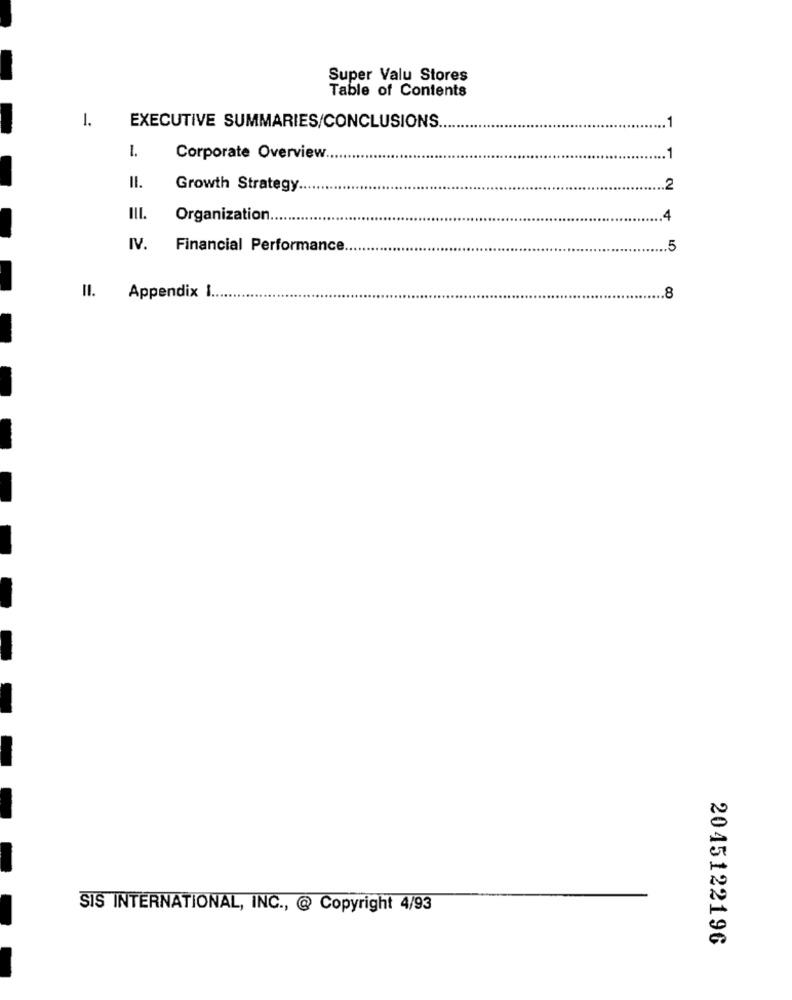
Super Valu Stores
Table of Contents
1.
EXECUTIVE SUMMARIES/CONCLUSIONS
1
1.
Corporate Overview
II.
Growth Strategy.
.2
III.
Organization
.4
IV.
Financial Performance
.. 5
II.
Appendix I.
.8
SIS INTERNATIONAL, INC ., @ Copyright 4/93
2045122196